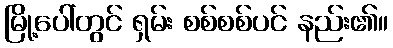
မြို့ပေါ်တွင် ရှမ်း စစ်စစ်ပင် နည်း၏။